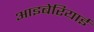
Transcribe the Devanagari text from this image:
आइबेरियाई